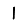
Digit: 1